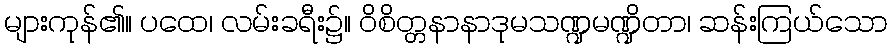
များကုန်၏။ ပထေ၊ လမ်းခရီး၌။ ဝိစိတ္တနာနာဒုမသဏ္ဍမဏ္ဍိတာ၊ ဆန်းကြယ်သော